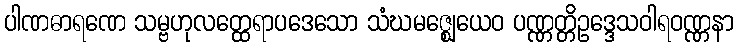
ပါဏဓာရဏေ သမ္ဗဟုလတ္ထေရာပဒေသော သံဃမဇ္ဈေယေဝ ပဏ္ဏတ္တိဥဒ္ဒေသဝါရဝဏ္ဏနာ